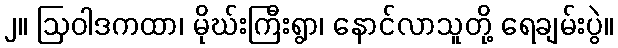
၂။ ဩဝါဒကထာ၊ မိုဃ်းကြီးရွာ၊ နောင်လာသူတို့ ရေချမ်းပွဲ။